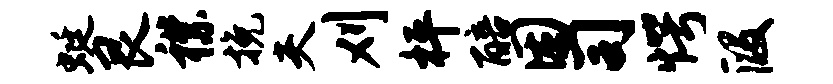
蜓艮襟挽夫刈枰醅困司愕段